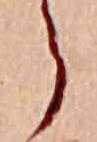
ら